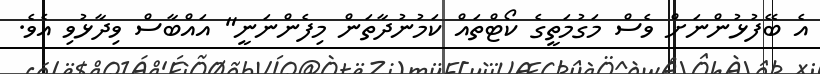
އެ ބޭފުޅުންނަށް ވެސް މަގުމަތީގެ ކޯޓްތައް ކަމުނުދާތަން މިފެންނަނީ" އައްބާސް ވިދާޅުވި އެވެ.